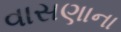
વાસણાના